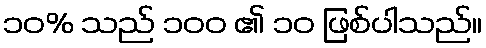
၁၀% သည် ၁၀၀ ၏ ၁၀ ဖြစ်ပါသည်။